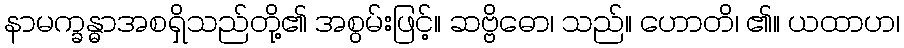
နာမက္ခန္ဓာအစရှိသည်တို့၏ အစွမ်းဖြင့်။ ဆဗ္ဗိဓော၊ သည်။ ဟောတိ၊ ၏။ ယထာဟ၊